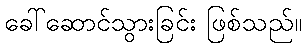
ခေါ်ဆောင်သွားခြင်း ဖြစ်သည်။